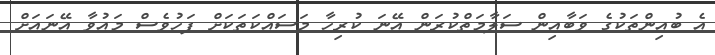
އެ ބުއިންތަކުގެ ވަބާއިން ސަލާމަތްކުރަން އޭނަ ކުރިހާ މަސައްކަތަކަށް ފަހުވެސް މައުވާ އޭނައަށް